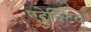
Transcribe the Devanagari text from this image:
एट्रेक्टिव